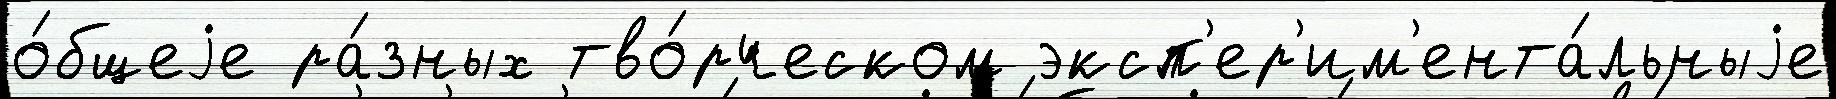
о́бщеjе ра́зных тво́рческом эксп'ер'им'ента́льныjе